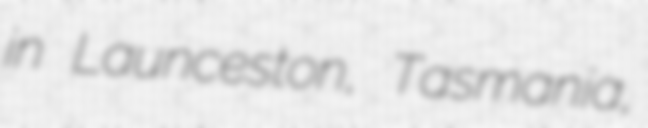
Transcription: in Launceston, Tasmania,